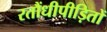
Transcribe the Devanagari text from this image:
रतौंधीपीड़ितों